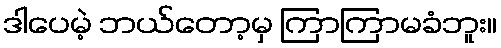
ဒါပေမဲ့ ဘယ်တော့မှ ကြာကြာမခံဘူး။